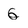
Character: g